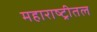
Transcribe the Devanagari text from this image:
महाराष्ट्रीतल